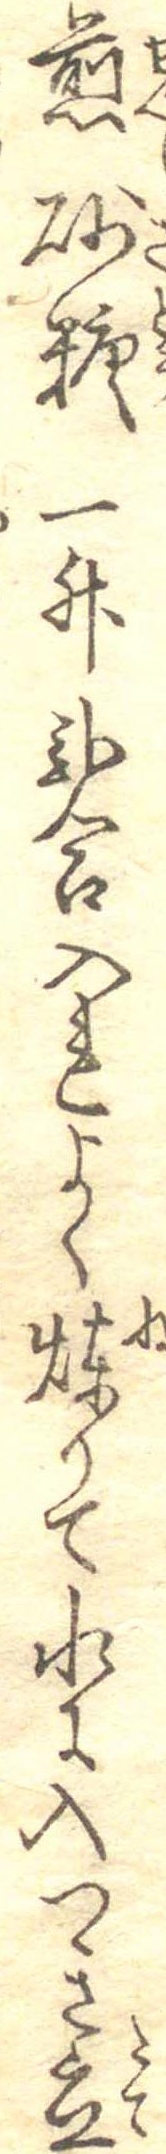
煎砂糖一升弐合入れよく煉りて水に入つき立